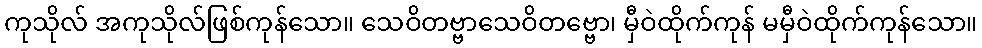
ကုသိုလ် အကုသိုလ်ဖြစ်ကုန်သော။ သေဝိတဗ္ဗာသေဝိတဗ္ဗော၊ မှီဝဲထိုက်ကုန် မမှီဝဲထိုက်ကုန်သော။